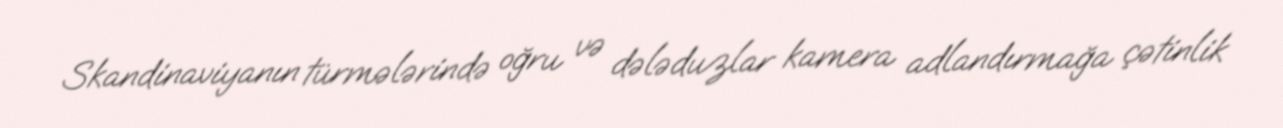
Skandinaviyanın türmələrində oğru və dələduzlar kamera adlandırmağa çətinlik